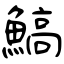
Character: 鰝